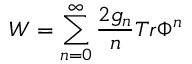
W = \sum _ { n = 0 } ^ { \infty } \frac { 2 g _ { n } } { n } T r \Phi ^ { n }